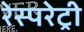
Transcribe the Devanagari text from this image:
रेस्परेट्री